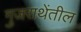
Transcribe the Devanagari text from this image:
गुजराथेंतील